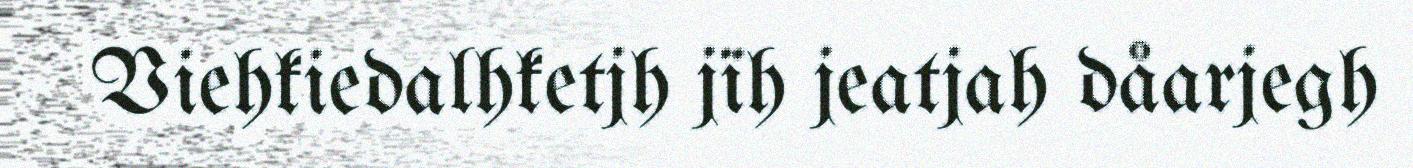
Viehkiedalhketjh jïh jeatjah dåarjegh